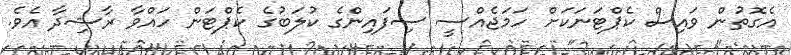
އެގޮތުން ވައިސް ކެޕްޓަނަކަށް ހަމަޖެއްސީ ސިފައިންގެ ކުލަބުގެ ކެޕްޓަން ހައްވާ ރާޝިދާ އެވެ.